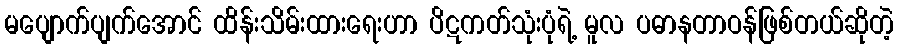
မပျောက်ပျက်အောင် ထိန်းသိမ်းထားရေးဟာ ပိဋကတ်သုံးပုံရဲ့ မူလ ပဓာနတာဝန်ဖြစ်တယ်ဆိုတဲ့